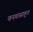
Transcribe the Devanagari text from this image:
वनवासाहून